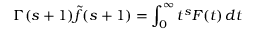
\Gamma ( s + 1 ) { \tilde { f } } ( s + 1 ) = \int _ { 0 } ^ { \infty } t ^ { s } F ( t ) \, d t